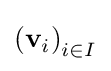
\left(\mathbf {v} _{i}\right)_{i\in I}